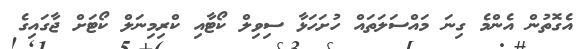
އެގޮތުން އެންމެ ގިނަ މައްސަލަތައް ހުށަހަޅާ ސިވިލް ކޯޓާއި ކްރިމިނަލް ކޯޓަށް ޖާގައިގެ